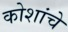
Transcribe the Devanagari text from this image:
कोशांचे